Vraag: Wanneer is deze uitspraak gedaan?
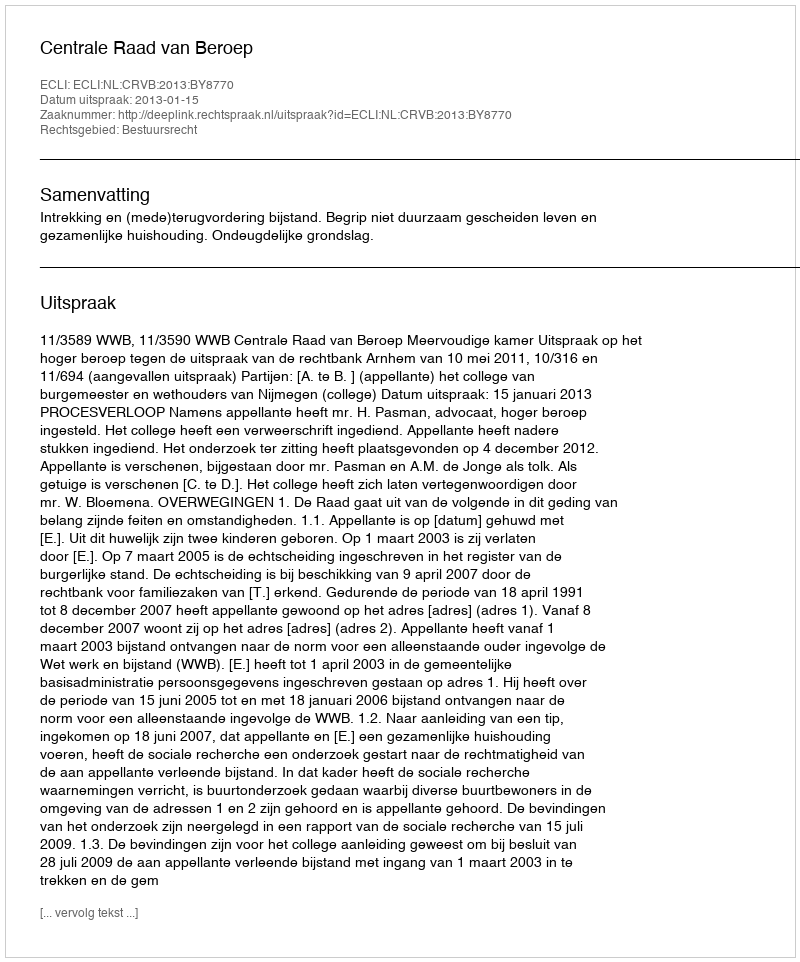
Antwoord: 2013-01-15